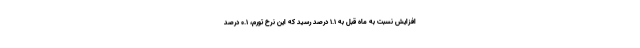
افزایش نسبت به ماه قبل به ۱.۱ درصد رسید که این نرخ تورم، ۰.۱ درصد